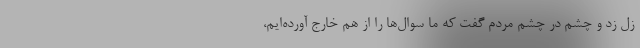
زل زد و چشم در چشم مردم گفت که ما سوال‌ها را از هم خارج آورده‌ایم،